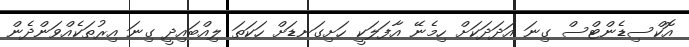
އޮކްސިޑެންޓްސް ގިނަ އަދަދަކަށް ހިމެނޭ އާފަލަކީ ހަށިގަނޑަށް ހަކަތަ ލިއްބައިދީ ގިނަ އިރުތަކެއްވަންދެން